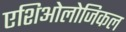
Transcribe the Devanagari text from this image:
एशिओलोजिकल